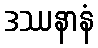
ဒဿနာနံ